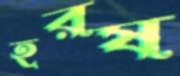
হরষ